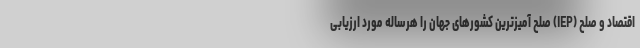
اقتصاد و صلح (IEP) صلح آمیزترین کشورهای جهان را هرساله مورد ارزیابی